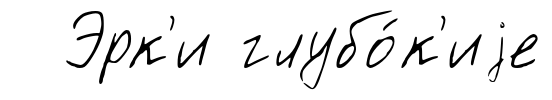
Эрк'и глубо́к'иjе